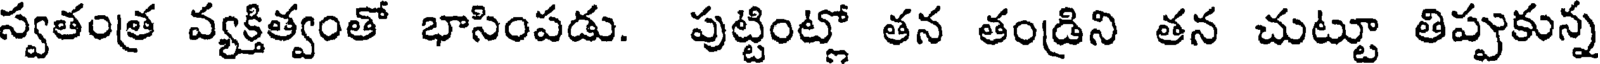
స్వతంత్ర వ్యక్తిత్వంతో భాసింపడు. పుట్టింట్లో తన తండ్రిని తన చుట్టూ తిప్పుకున్న